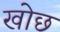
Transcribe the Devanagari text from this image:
खोछ